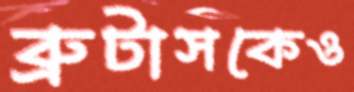
ব্রুটাসকেও